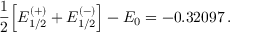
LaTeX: \frac { 1 } { 2 } \Big [ { \cal E } _ { 1 / 2 } ^ { ( + ) } + { \cal E } _ { 1 / 2 } ^ { ( - ) } \Big ] - { E } _ { 0 } = - 0 . 3 2 0 9 7 \, .